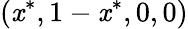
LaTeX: (\mathit{x}^{*},1-\mathit{x}^{*},0,0)